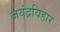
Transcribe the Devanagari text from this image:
जयंद्रविहार